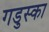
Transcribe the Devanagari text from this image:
गडुस्का